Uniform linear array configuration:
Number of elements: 48
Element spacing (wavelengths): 0.75
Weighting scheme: binomial
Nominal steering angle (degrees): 45
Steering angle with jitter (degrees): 43.086
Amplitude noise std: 0.05
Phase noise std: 0.05

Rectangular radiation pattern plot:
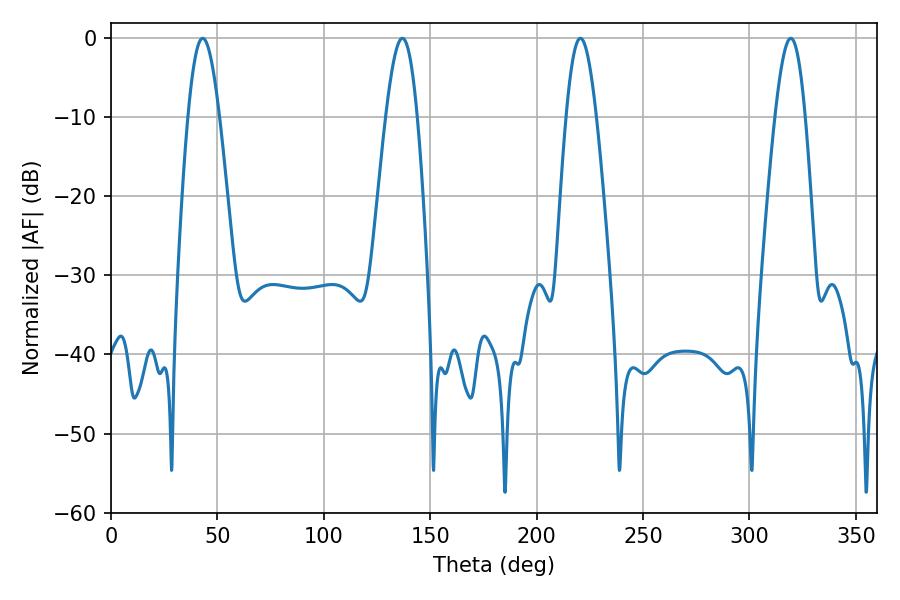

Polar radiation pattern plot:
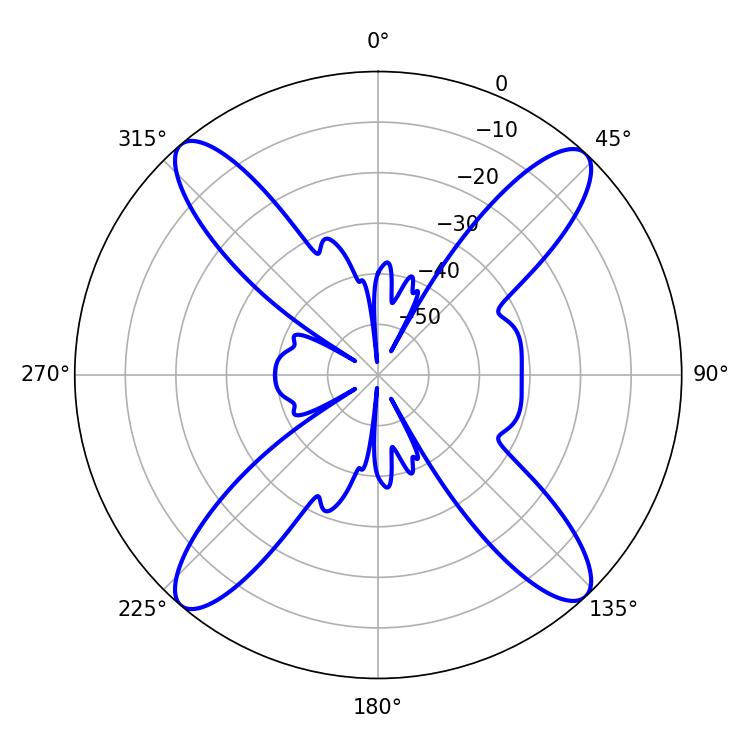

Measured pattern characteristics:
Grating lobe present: TRUE
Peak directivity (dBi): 20.309
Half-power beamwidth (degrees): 7.92
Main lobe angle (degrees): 43.02